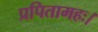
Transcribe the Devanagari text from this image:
प्रपितामहः।